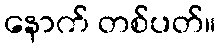
နောက် တစ်ပတ်။